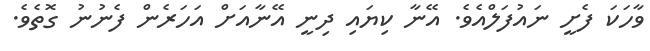
ވާހަކަ ފެށީ ނައުފަލްއެވެ. އޭނާ ކިޔައި ދިނީ އޭނާއަށް އަހަރެން ފެނުނު ގޮތެވެ.